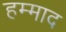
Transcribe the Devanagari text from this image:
हम्माद